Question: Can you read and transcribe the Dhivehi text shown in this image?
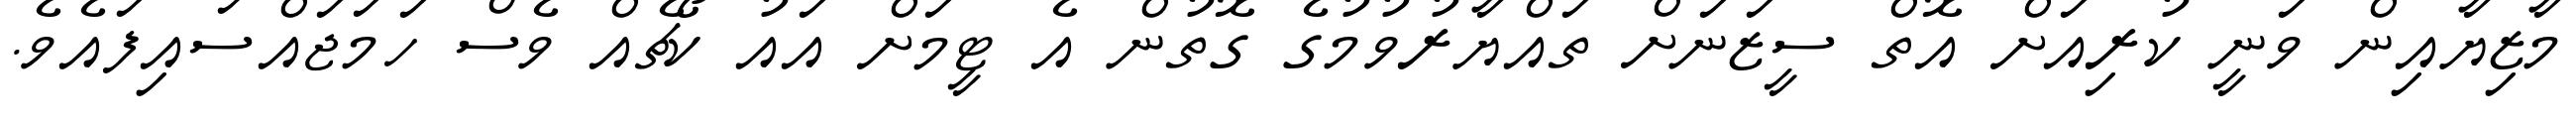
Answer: މާޒިޔާއިން ވަނީ ކުރިއަށް އޮތް ސީޒަނަށް ތައްޔާރުވުމުގެ ގޮތުން އެ ޓީމަށް އައު ކޯޗެއް ވެސް ހަމަޖައްސައިފައެވެ.